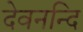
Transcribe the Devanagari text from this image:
देवनन्दि